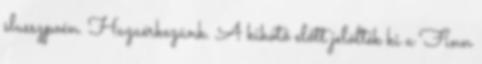
slusszpoén. Hazaérkezünk. A kikötő előtt jelölték ki a Finn